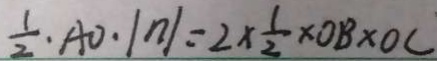
\frac { 1 } { 2 } \cdot A O \cdot \vert n \vert = 2 \times \frac { 1 } { 2 } \times O B \times O C